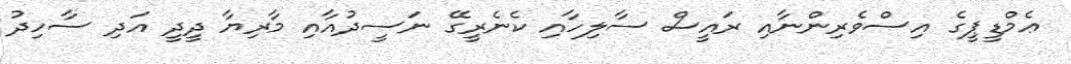
ޢެމްޑީޕީގެ އިސްވެރިންނާއި ރައީސް ސާލިހާއި ކެނެރީގޭ ނަސީދުއާއި މާރިޔާ ދީދީ އަދި ސާހިދު